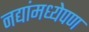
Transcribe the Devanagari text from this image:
नद्यांमध्येपण